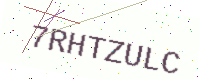
Text: 7RHTZULC